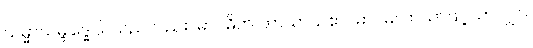
သမ္မာသမ္ဗုဒ္ဓေါပိ၊ သည်လည်း။ မာဂဓိက ဘာသာယဧဝ၊ မာဂဓဘာသာဖြင့်သာလျှင်။